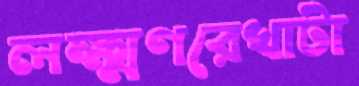
লক্ষ্মণরেখাটা